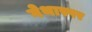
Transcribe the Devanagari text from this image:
गेथास्पर